Lunatic asylums United Prov. 1922-30 - 1922-1930
Year: 1922
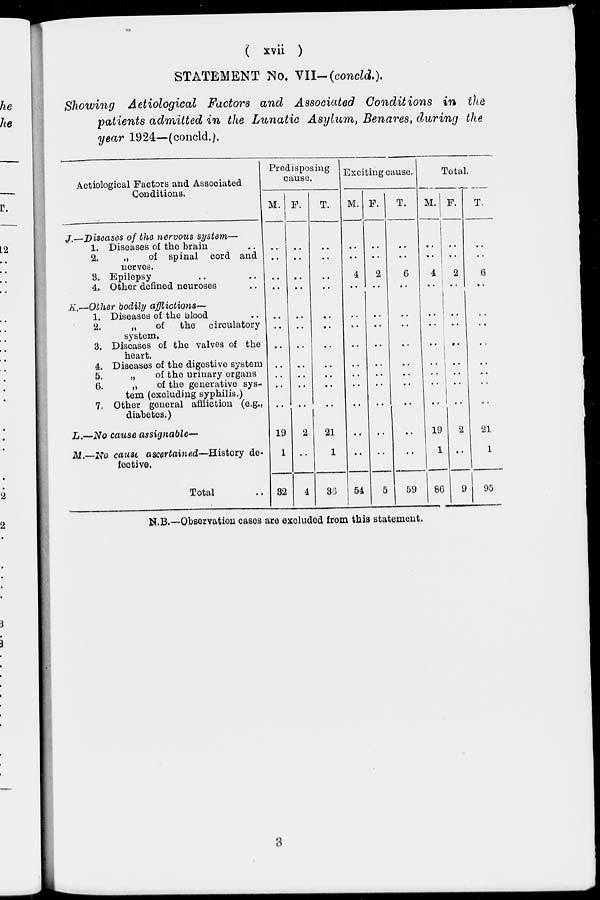
( xvii )
STATEMENT No. VII- (concld.).
Showing Aetiological Factors and Associated Conditions in the
patients admitted in the Lunatic Asylum, Benares, during the
year 1924—(concld.).
Aetiologioal Factors and Associated
Conditions.
J.—Diseases of the nervous system—
1.
2.
3.
4.
Diseases of the brain ..
„
of spinal cord and
nerves.
Epilepsy .. ..
Other defined neuroses ..
K.—Other bodily afflictions—
1.
2.
3.
4.
5.
6.
7.
Diseases of the blood ..
„
of the circulatory
system.
Diseases of the valves of the
heart.
Diseases of the digestive system
„
of the urinary organs
„
of the generative sys-
tem (excluding syphilis.)
Other general affliction (e.g.,
diabetes.)
L.—No cause assignable—
M.—No cause ascertained—History de-
fective.
Total ..
Predisposing
cause.
M.
..
..
..
..
..
..
..
..
..
..
..
19
1
32
F.
..
..
..
..
..
..
..
..
..
..
..
2
..
4
T.
..
..
..
..
..
..
..
..
..
..
..
21
1
36
Exciting cause.
M.
..
..
4
..
..
..
..
..
..
..
..
..
..
54
F.
..
..
2
..
..
..
..
..
..
..
..
..
..
5
T.
..
..
6
..
..
..
..
..
..
..
..
..
..
59
Total.
M.
..
..
4
..
..
..
..
..
..
..
..
19
1
86
F.
..
..
2
..
..
..
..
..
..
..
..
2
..
9
T.
..
..
6
..
..
..
..
..
..
..
..
21
1
95
N.B.—Observation cases are excluded from this statement.
3